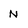
Character: N